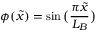
\phi ( \tilde { x } ) = \sin \big ( \frac { \pi \tilde { x } } { L _ { B } } \big )